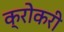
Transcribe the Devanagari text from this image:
क्रोकरी